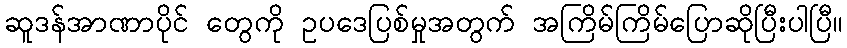
ဆူဒန်အာဏာပိုင် တွေကို ဥပဒေပြစ်မှုအတွက် အကြိမ်ကြိမ်ပြောဆိုပြီးပါပြီ။